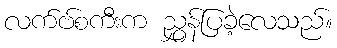
လက်ဗ်စကီးက ညွှန်ပြခဲ့လေသည်။